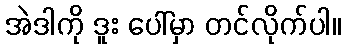
အဲဒါကို ဒူး ပေါ်မှာ တင်လိုက်ပါ။